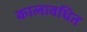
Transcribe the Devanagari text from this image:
कालावधित